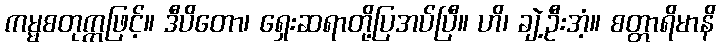
ကမ္မစတုက္ကဖြင့်။ ဒီပိတော၊ ရှေးဆရာတို့ပြအပ်ပြီ။ ဟိ၊ ချဲ့ဦးအံ့။ စတ္တာရိမာနိ